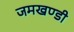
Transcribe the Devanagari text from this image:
जमखण्डी